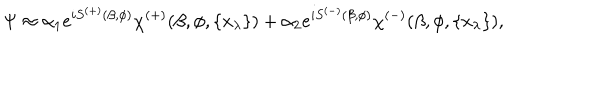
\Psi \approx \alpha _ { 1 } e ^ { i S ^ { ( + ) } ( \beta , \phi ) } \chi ^ { ( + ) } ( \beta , \phi , \{ x _ { \lambda } \} ) + \alpha _ { 2 } e ^ { i S ^ { ( - ) } ( \beta , \phi ) } \chi ^ { ( - ) } ( \beta , \phi , \{ x _ { \lambda } \} ) ,